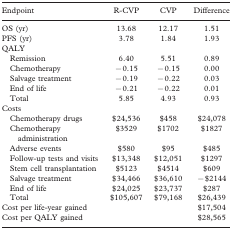
| Endpoint | R-CVP | CVP | Difference |
 | --- | --- | --- | --- |
 | OS (yr) | 13.68 | 12.17 | 1.51 |
 | PFS (yr) | 3.78 | 1.84 | 1.93 |
 | QALY |  |  |  |
 | Remission | 6.40 | 5.51 | 0.89 |
 | Chemotherapy | 70.15 | 70.15 | 0.00 |
 | Salvage treatment | 70.19 | 70.22 | 0.03 |
 | End of life | 70.21 | 70.22 | 0.01 |
 | Total | 5.85 | 4.93 | 0.93 |
 | Costs |  |  |  |
 | Chemotherapy drugs | $24,536 | $458 | $24,078 |
 | Chemotherapy administration | $3529 | $1702 | $1827 |
 | Adverse events | $580 | $95 | $485 |
 | Follow-up tests and visits | $13,348 | $12,051 | $1297 |
 | Stem cell transplantation | $5123 | $4514 | $609 |
 | Salvage treatment | $34,466 | $36,610 | −$2144 |
 | End of life | $24,025 | $23,737 | $287 |
 | Total | $105,607 | $79,168 | $26,439 |
 | Cost per life-year gained |  |  | $17,504 |
 | Cost per QALY gained |  |  | $28,565 |